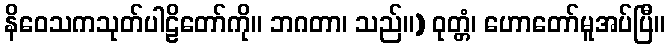
နိဝေသကသုတ်ပါဠိတော်ကို။ ဘဂတာ၊ သည်။) ဝုတ္တံ၊ ဟောတော်မူအပ်ပြီ။